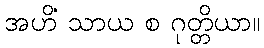
အဟိံ သာယ စ ဂုတ္တိယာ။